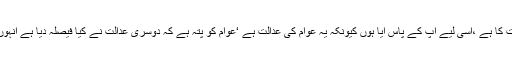
قبل ازیں لالہ موسیٰ میں مختصرخطاب کرتے ہوئےنواز شریف نے کہا ہے کہ اصل فیصلہ عوام کی عدالت کا ہے ،اسی لیے آپ کے پاس آیا ہوں کیونکہ یہ عوام کی عدالت ہے ‘عوام کو پتہ ہے کہ دوسری عدالت نے کیا فیصلہ دیا ہے انہوں نے لوگوں سے سوال کرتے ہوئے کہا کہ آپ نے مجھے نکالنے کے فیصلے سے اتفاق کیا ہے یا نہیں ؟